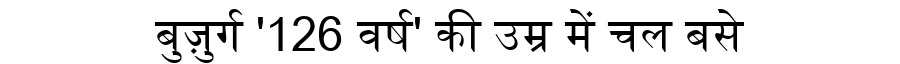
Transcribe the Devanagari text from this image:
बुज़ुर्ग '126 वर्ष' की उम्र में चल बसे